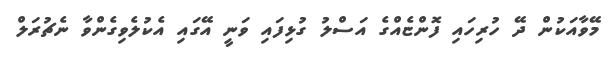
މޭވާއަކުން ދޭ ހުރިހައި ފޮންޏެއްގެ އަސްލު ގުޅިފައި ވަނީ އޭގައި އެކުލެވިގެންވާ ނެޗުރަލް